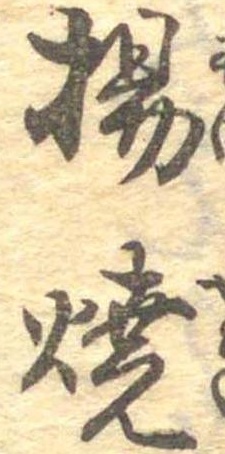
揚焼